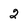
Character: 2